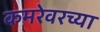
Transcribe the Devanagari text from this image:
कमरेवरच्या